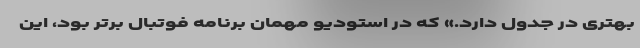
بهتری در جدول دارد.» که در استودیو مهمان برنامه فوتبال برتر بود، این